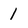
Character: 1